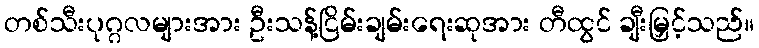
တစ်သီးပုဂ္ဂလများအား ဦးသန့်ငြိမ်းချမ်းရေးဆုအား တီထွင် ချီးမြှင့်သည်။